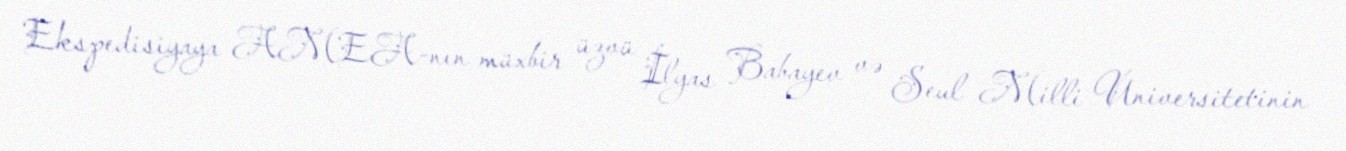
Ekspedisiyaya AMEA-nın müxbir üzvü İlyas Babayev və Seul Milli Universitetinin